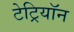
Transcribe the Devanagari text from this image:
टेट्रियॉन